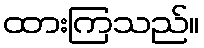
ထားကြသည်။